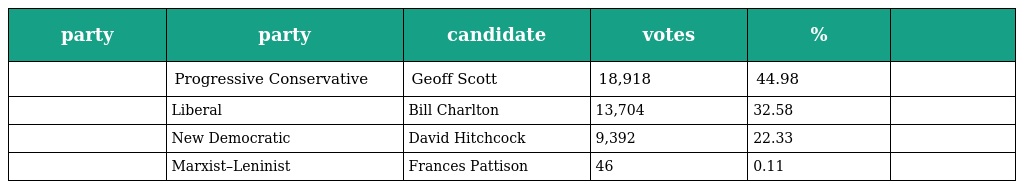
| party | party | candidate | votes | % |  |
 | --- | --- | --- | --- | --- | --- |
 |  | Progressive Conservative | Geoff Scott | 18,918 | 44.98 |  |
 |  | Liberal | Bill Charlton | 13,704 | 32.58 |  |
 |  | New Democratic | David Hitchcock | 9,392 | 22.33 |  |
 |  | Marxist–Leninist | Frances Pattison | 46 | 0.11 |  |